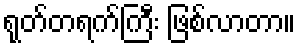
ရုတ်တရက်ကြီး ဖြစ်လာတာ။